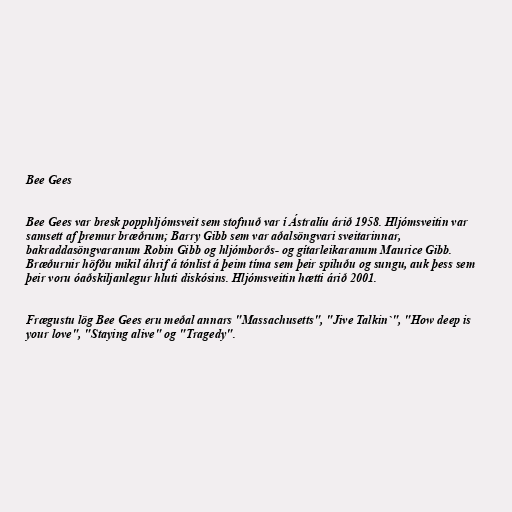
Bee Gees

Bee Gees var bresk popphljómsveit sem stofnuð var í Ástralíu árið 1958. Hljómsveitin var
samsett af þremur bræðrum; Barry Gibb sem var aðalsöngvari sveitarinnar,
bakraddasöngvaranum Robin Gibb og hljómborðs- og gítarleikaranum Maurice Gibb.
Bræðurnir höfðu mikil áhrif á tónlist á þeim tíma sem þeir spiluðu og sungu, auk þess sem
þeir voru óaðskiljanlegur hluti diskósins. Hljómsveitin hætti árið 2001.

Frægustu lög Bee Gees eru meðal annars "Massachusetts", "Jive Talkin`", "How deep is
your love", "Staying alive" og "Tragedy".